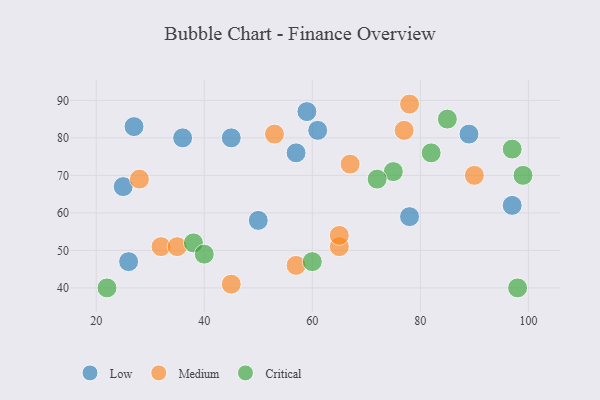
{"axis": {"x": "GDP", "y": "Life Expectancy"}, "legend": ["Critical", "Low", "Medium"], "data": [{"x": "59", "y": 87, "type": "Low"}, {"x": "89", "y": 81, "type": "Low"}, {"x": "50", "y": 58, "type": "Low"}, {"x": "78", "y": 59, "type": "Low"}, {"x": "45", "y": 80, "type": "Low"}, {"x": "27", "y": 83, "type": "Low"}, {"x": "26", "y": 47, "type": "Low"}, {"x": "97", "y": 62, "type": "Low"}, {"x": "57", "y": 76, "type": "Low"}, {"x": "61", "y": 82, "type": "Low"}, {"x": "25", "y": 67, "type": "Low"}, {"x": "36", "y": 80, "type": "Low"}, {"x": "77", "y": 82, "type": "Medium"}, {"x": "67", "y": 73, "type": "Medium"}, {"x": "45", "y": 41, "type": "Medium"}, {"x": "57", "y": 46, "type": "Medium"}, {"x": "65", "y": 51, "type": "Medium"}, {"x": "90", "y": 70, "type": "Medium"}, {"x": "53", "y": 81, "type": "Medium"}, {"x": "28", "y": 69, "type": "Medium"}, {"x": "32", "y": 51, "type": "Medium"}, {"x": "65", "y": 54, "type": "Medium"}, {"x": "78", "y": 89, "type": "Medium"}, {"x": "35", "y": 51, "type": "Medium"}, {"x": "60", "y": 47, "type": "Critical"}, {"x": "85", "y": 85, "type": "Critical"}, {"x": "99", "y": 70, "type": "Critical"}, {"x": "98", "y": 40, "type": "Critical"}, {"x": "97", "y": 77, "type": "Critical"}, {"x": "38", "y": 52, "type": "Critical"}, {"x": "22", "y": 40, "type": "Critical"}, {"x": "82", "y": 76, "type": "Critical"}, {"x": "75", "y": 71, "type": "Critical"}, {"x": "72", "y": 69, "type": "Critical"}, {"x": "40", "y": 49, "type": "Critical"}]}